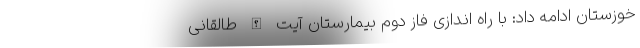
خوزستان ادامه داد: با راه اندازی فاز دوم بیمارستان آیت الله طالقانی